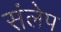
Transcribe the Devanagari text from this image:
संलेप